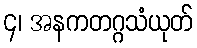
၄၊ အနကတဂ္ဂသံယုတ်